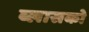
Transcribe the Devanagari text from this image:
ब्लासको